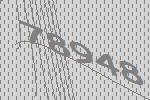
78948